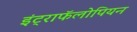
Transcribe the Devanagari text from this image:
इंट्राफॅलोपियन